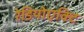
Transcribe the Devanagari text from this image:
रेडियोएक्टि